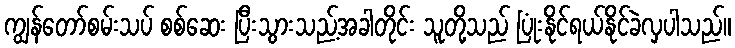
ကျွန်တော်စမ်းသပ် စစ်ဆေး ပြီးသွားသည့်အခါတိုင်း သူတို့သည် ပြုံးနိုင်ရယ်နိုင်ခဲလှပါသည်။